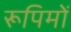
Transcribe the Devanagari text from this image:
रूपिमों